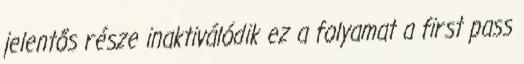
jelentős része inaktiválódik ez a folyamat a first pass